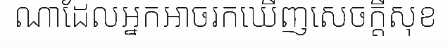
ណាដែលអ្នកអាចរកឃើញសេចក្តីសុខ